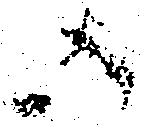
御